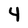
Character: 4